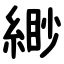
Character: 緲